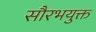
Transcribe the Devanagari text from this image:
सौरभयुक्त